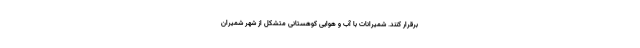
برقرار کنند. شمیرانات با آب و هوایی کوهستانی متشکل از شهر شمیران